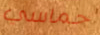
حماسي